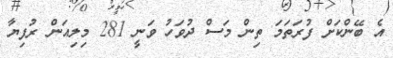
އެ ބޭންކަށް ފުރަތަމަ ތިން މަސް ދުވަހު ވަނީ 281 މިލިއަން ރުފިޔާ